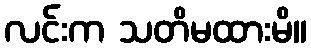
လင်းက သတိမထားမိ။